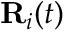
{ \bf R } _ { i } ( t )